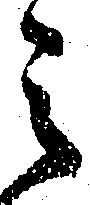
之